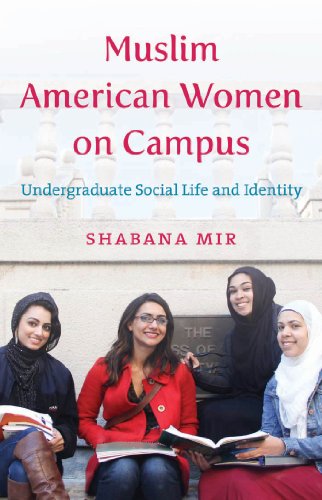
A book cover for Muslim American Women on Campus: Undergraduate Social Life and Identity; Shabana Mir; Religion & Spirituality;